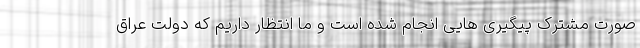
صورت مشترک پیگیری هایی انجام شده است و ما انتظار داریم که دولت عراق